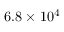
6 . 8 \times 1 0 ^ { 4 }